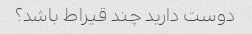
دوست دارید چند قیراط باشد؟